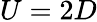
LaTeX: U=2D